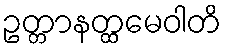
ဥတ္တာနတ္ထမေဝါတိ